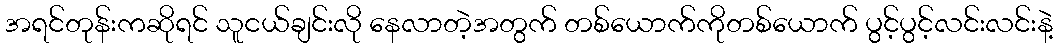
အရင်တုန်းကဆိုရင် သူငယ်ချင်းလို နေလာတဲ့အတွက် တစ်ယောက်ကိုတစ်ယောက် ပွင့်ပွင့်လင်းလင်းနဲ့